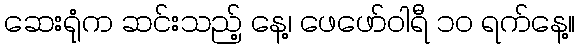
ဆေးရုံက ဆင်းသည့် နေ့၊ ဖေဖော်ဝါရီ ၁၀ ရက်နေ့။